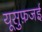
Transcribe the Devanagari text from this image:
यूसुफ़जई